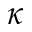
\kappa